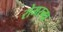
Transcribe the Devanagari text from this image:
रोमरन्ध्र